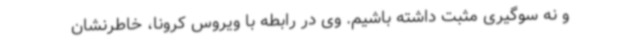
و نه سوگیری مثبت داشته باشیم. وی در رابطه با ویروس کرونا، خاطرنشان